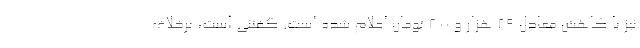
نیز با کاهش معادل 29 هزار و 800 تومان اعلام شده است. گفتنی است، برخلاف